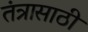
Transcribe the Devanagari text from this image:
तंत्रासाठी